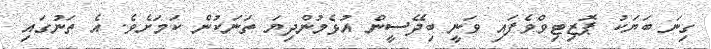
ގިނަ ބަޔަކު ޕޮޒިޓިވްވެފައި ވަނީ ބިދޭސީން އުޅެމުންދިޔަ ތަނަކުން ކަމަށެވެ. އެ ތަނުގައި